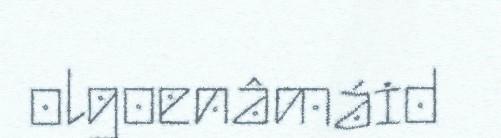
olgoenâmáid